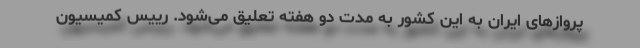
پروازهای ایران به این کشور به مدت دو هفته تعلیق می‌شود. رییس کمیسیون